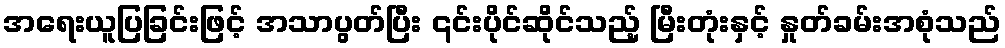
အရေးယူပြခြင်းဖြင့် အသာပွတ်ပြီး ၎င်းပိုင်ဆိုင်သည့် မြီးတုံးနှင့် နှုတ်ခမ်းအစုံသည်